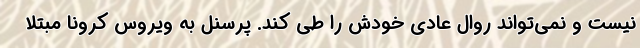
نیست و نمی‌تواند روال عادی خودش را طی کند. پرسنل به ویروس کرونا مبتلا